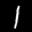
Label: 1